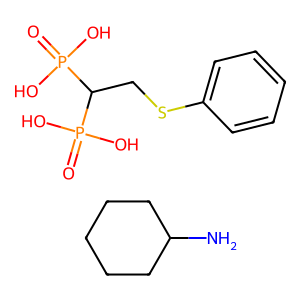
SMILES: NC1CCCCC1.O=P(O)(O)C(CSc1ccccc1)P(=O)(O)O
Inhibits HIV replication: No